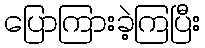
ပြောကြားခဲ့ကြပြီး